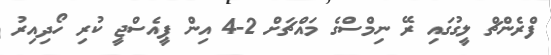
ފްރެންޗް ލީގުގައި ރޭ ނިމްސްގެ މައްޗަށް 2-4 އިން ޕީއެސްޖީ ކުރި ހޯދިއިރު